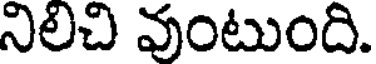
నిలిచి వుంటుంది.